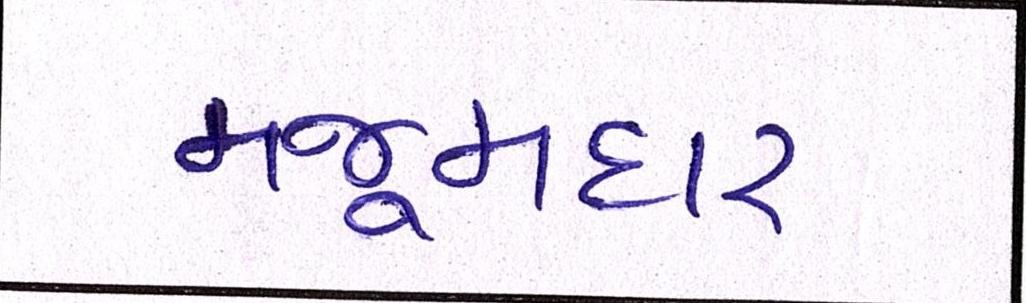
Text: મજૂમદાર